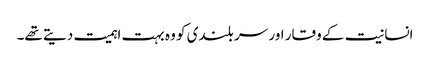
انسانیت کے وقار اور سر بلندی کو وہ بہت اہمیت دیتے تھے۔